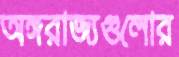
অঙ্গরাজ্যগুলোর